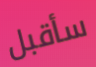
سأقبل